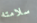
سلامته